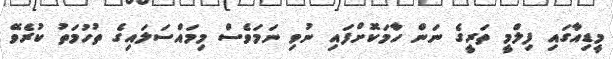
މީޑިއާގައި ފިލްމީ ތަރީގެ ނަން ހާމަކޮށްފައި ނުވި ނަމަވެސް މިމައްސަލައިގެ ތުހުމަތު ކުރެވޭ